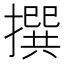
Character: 撰